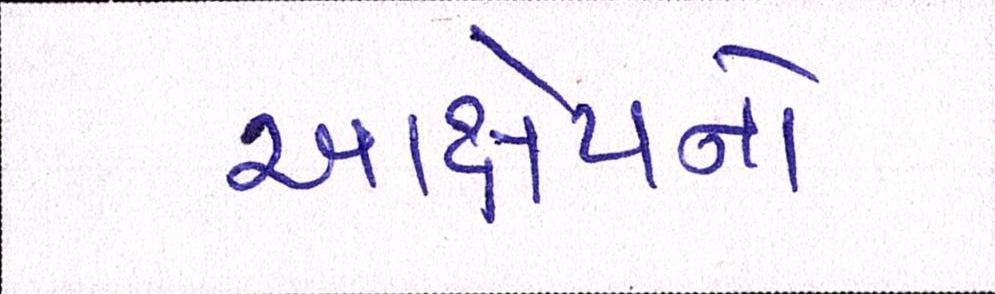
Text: આક્ષેપનો